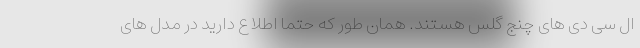
ال سی دی های چنج گلس هستند. همان طور که حتما اطلاع دارید در مدل های